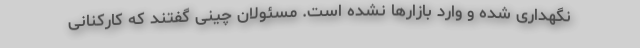
نگهداری شده و وارد بازارها نشده است. مسئولان چینی گفتند که کارکنانی